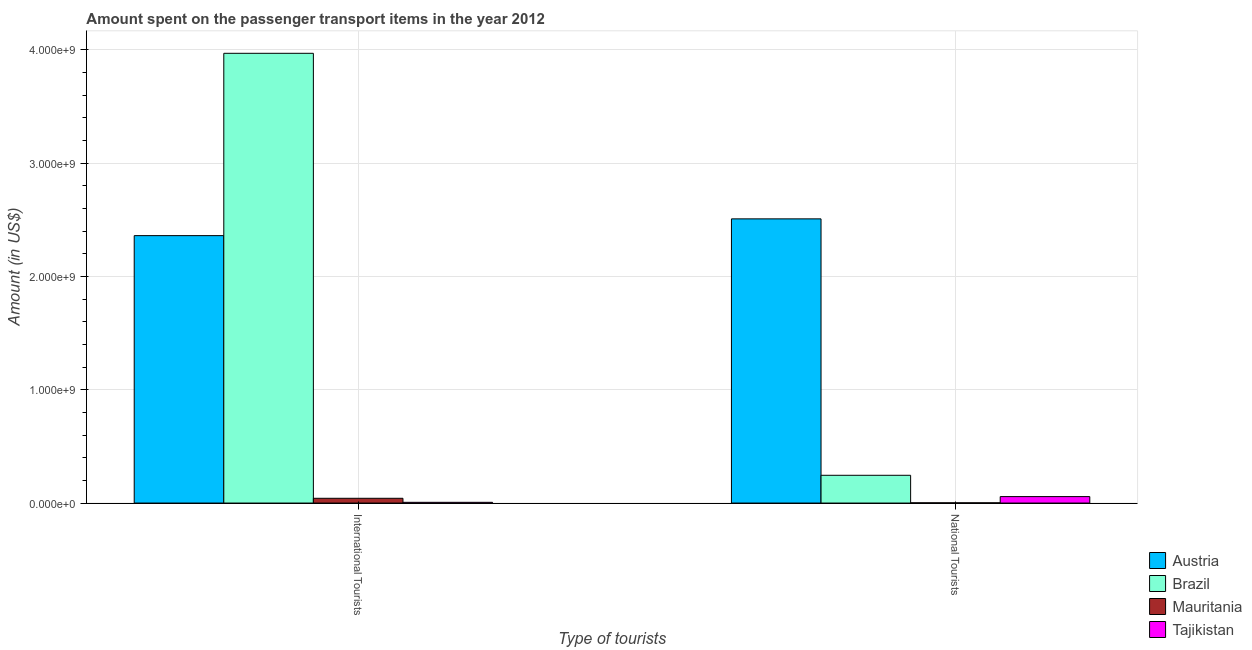
| Type of tourists | Austria | Brazil | Mauritania | Tajikistan |
 | --- | --- | --- | --- | --- |
 | International Tourists | 2.36e+09 | 3.97e+09 | 4.2e+07 | 6.5e+06 |
 | National Tourists | 2.51e+09 | 2.45e+08 | 2e+06 | 5.7e+07 |